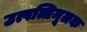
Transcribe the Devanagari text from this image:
उत्पत्तिमूलक